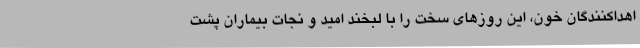
اهداکنندگان خون، این روزهای سخت را با لبخند امید و نجات بیماران پشت